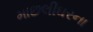
માછલીઘરના